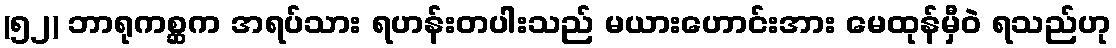
(၅၂) ဘာရုကစ္ဆက အရပ်သား ရဟန်းတပါးသည် မယားဟောင်းအား မေထုန်မှီဝဲ ရသည်ဟု